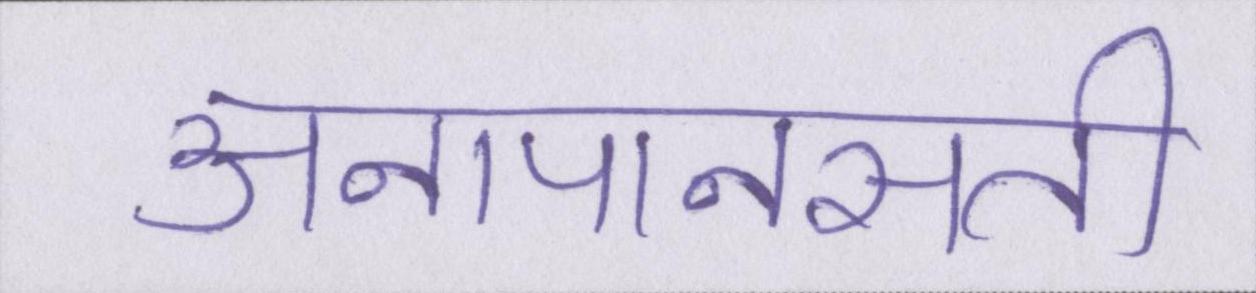
अनापानसती